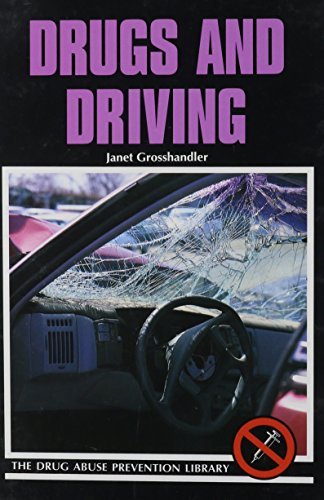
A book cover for Drugs and Driving (Drug Abuse Prevention Library); Janet Grosshandler; Teen & Young Adult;